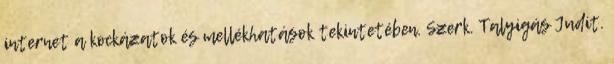
internet a kockázatok és mellékhatások tekintetében. Szerk. Talyigás Judit.